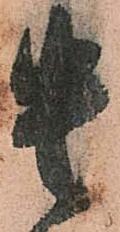
貴